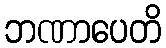
ဘဏာပေတိ